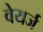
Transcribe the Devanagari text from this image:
वेयर्ज